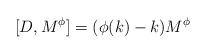
LaTeX: \begin{align*}\lbrack D,M^{\phi }]=(\phi (k)-k)M^{\phi } \end{align*}